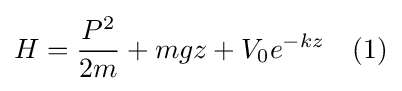
H={P^{2} \over 2m}+mgz+V_{0}e^{-kz}\quad (1)